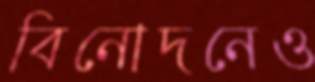
বিনোদনেও